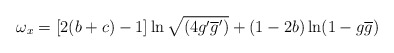
\begin{align*}\omega_x = [2(b+c)-1] \ln\sqrt{(4g'\overline{g}')}+(1-2b)\ln(1-g\overline{g})\end{align*}